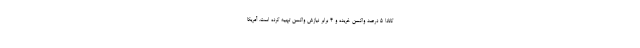
کانادا ۵ درصد واکسن خریده و ۴ برابر نیازش واکسن تهیه کرده است. آمریکا